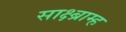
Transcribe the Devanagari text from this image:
साक्ष्ब्राम्ह